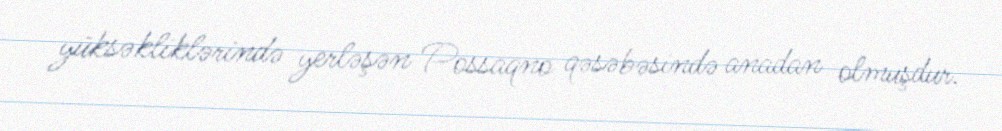
yüksəkliklərində yerləşən Possaqno qəsəbəsində anadan olmuşdur.